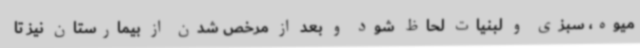
میوه، سبزی و لبنیات لحاظ شود و بعد از مرخص شدن از بیمارستان نیز تا